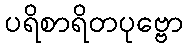
ပရိစာရိတပုဗ္ဗော